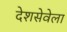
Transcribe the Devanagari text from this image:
देशसेवेला